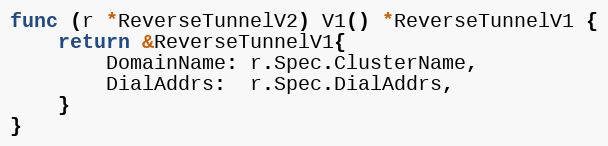
Language: Go
func (r *ReverseTunnelV2) V1() *ReverseTunnelV1 {
	return &ReverseTunnelV1{
		DomainName: r.Spec.ClusterName,
		DialAddrs:  r.Spec.DialAddrs,
	}
}